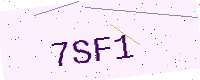
Text: 7SF1